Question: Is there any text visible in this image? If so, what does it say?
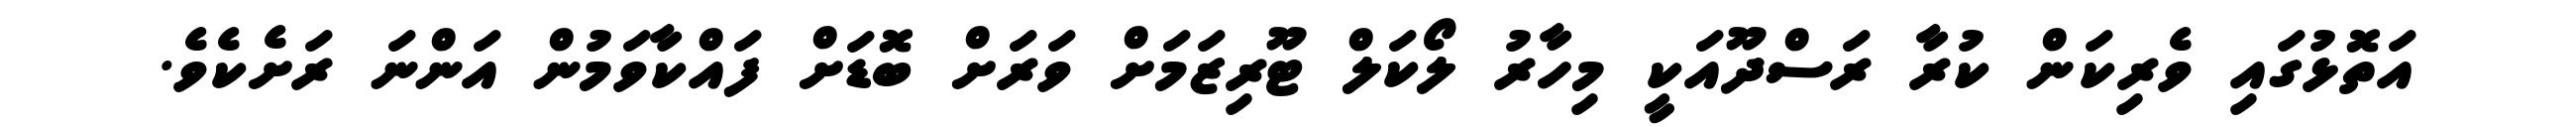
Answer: އަތޮޅުގައި ވެރިކަން ކުރާ ރަސްދޫއަކީ މިހާރު ލޯކަލް ޓޫރިޒަމަށް ވަރަށް ބޮޑަށް ފައްކާވަމުން އަންނަ ރަށެކެވެ.